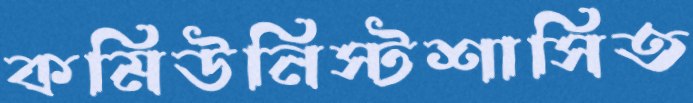
কমিউনিস্টশাসিত